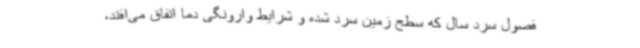
فصول سرد سال که سطح زمین سرد شده و شرایط وارونگی دما اتفاق می‌افتد،